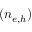
( n _ { e , h } )